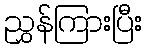
ညွှန်ကြားပြီး